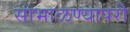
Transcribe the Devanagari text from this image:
सांभाळण्यापरी